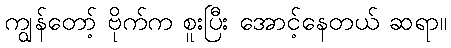
ကျွန်တော့် ဗိုက်က စူးပြီး အောင့်နေတယ် ဆရာ။